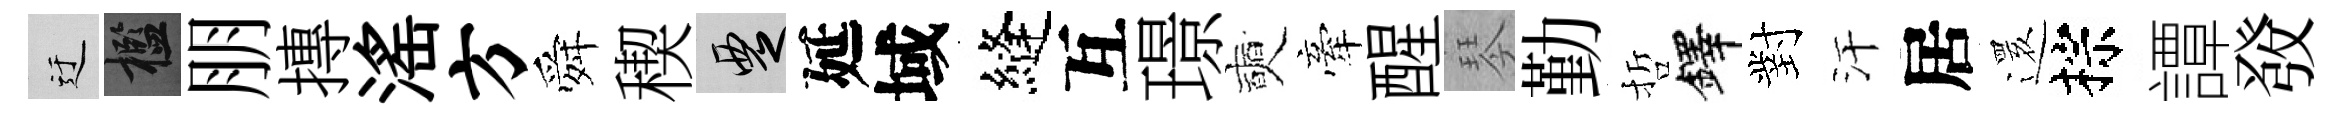
迂檻朋摶滛方舜稧覂延域縫互璟奭牽醒琴勤哲鐸對汗居𮟃棕譚𤼲